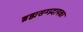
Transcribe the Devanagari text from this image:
ब्रह्मसम्प्रदायका